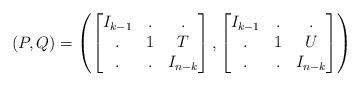
LaTeX: \begin{align*}(P,Q) = \left(\begin{bmatrix}I_{k-1} & . & . \\. & 1 & T \\. & . & I_{n-k}\end{bmatrix},\begin{bmatrix}I_{k-1} & . & . \\. & 1 & U \\. & . & I_{n-k}\end{bmatrix}\right)\end{align*}